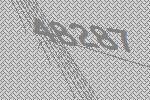
48287